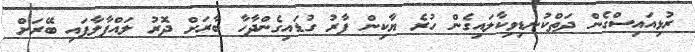
ރުޅިއައިސްގެން ދަތްކުނޑިވިކާލައިގެން ހުރެ ޔާކިން ފާރު ގުޑައިގެންދާހާ ބާރަށް ދޮރު ލައްޕާލާފައި ބޭރަށް